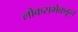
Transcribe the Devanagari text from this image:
लोकसभेकडून